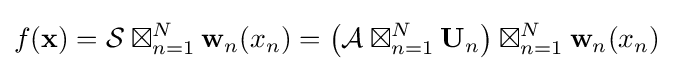
f(\mathbf {x} )={\mathcal {S}}\boxtimes _{n=1}^{N}\mathbf {w} _{n}(x_{n})=\left({\mathcal {A}}\boxtimes _{n=1}^{N}\mathbf {U} _{n}\right)\boxtimes _{n=1}^{N}\mathbf {w} _{n}(x_{n})